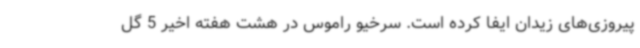
پیروزی‌های زیدان ایفا کرده است. سرخیو راموس در هشت هفته اخیر 5 گل